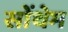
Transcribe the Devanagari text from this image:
सोंथेम